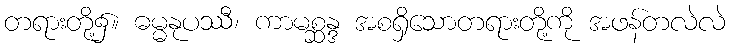
တရားတို့၌။ ဓမ္မနုပဿီ၊ ကာမစ္ဆန္ဒ အစရှိသောတရားတို့ကို အဖန်တလဲလဲ